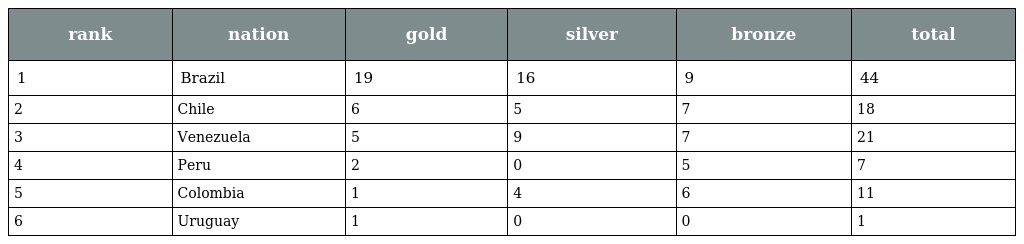
| rank | nation | gold | silver | bronze | total |
 | --- | --- | --- | --- | --- | --- |
 | 1 | Brazil | 19 | 16 | 9 | 44 |
 | 2 | Chile | 6 | 5 | 7 | 18 |
 | 3 | Venezuela | 5 | 9 | 7 | 21 |
 | 4 | Peru | 2 | 0 | 5 | 7 |
 | 5 | Colombia | 1 | 4 | 6 | 11 |
 | 6 | Uruguay | 1 | 0 | 0 | 1 |